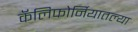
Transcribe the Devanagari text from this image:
कॅलिफोर्नियातल्या